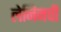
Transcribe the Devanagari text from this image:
लेनिनची